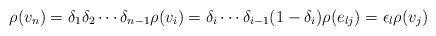
LaTeX: \begin{align*}\rho(v_n) = \delta_1\delta_2\cdots \delta_{n-1}\rho(v_i) = \delta_i\cdots \delta_{i-1} (1-\delta_i) \rho(e_{lj}) = \epsilon_l\rho(v_j)\end{align*}